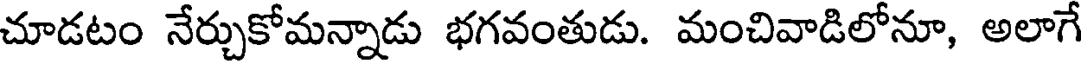
చూడటం నేర్చుకోమన్నాడు భగవంతుడు. మంచివాడిలోనూ, అలాగే